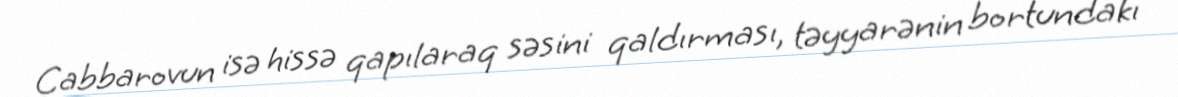
Cabbarovun isə hissə qapılaraq səsini qaldırması, təyyarənin bortundakı